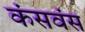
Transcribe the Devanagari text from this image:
कंसवंस